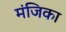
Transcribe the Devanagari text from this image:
मंजिका